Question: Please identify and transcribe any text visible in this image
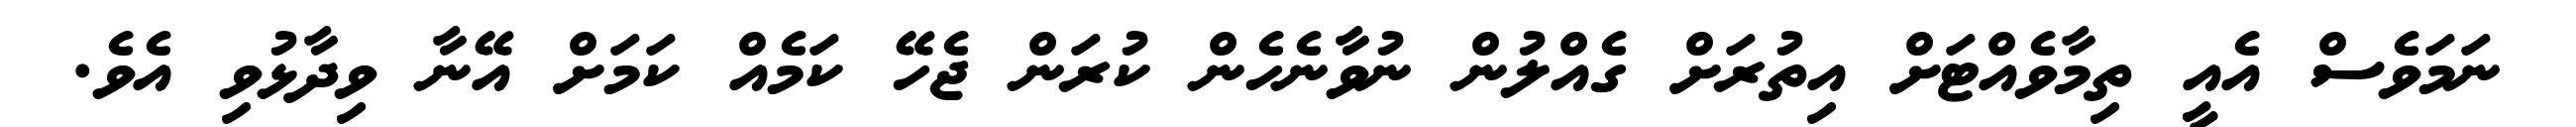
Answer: ނަމަވެސް އެއީ ތިމާވެއްޓަށް އިތުރަށް ގެއްލުން ނުވާނެހެން ކުރަން ޖެހޭ ކަމެއް ކަމަށް އޭނާ ވިދާޅުވި އެވެ.